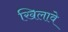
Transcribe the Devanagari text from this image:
खिलावे